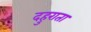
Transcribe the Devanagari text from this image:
दहुराता